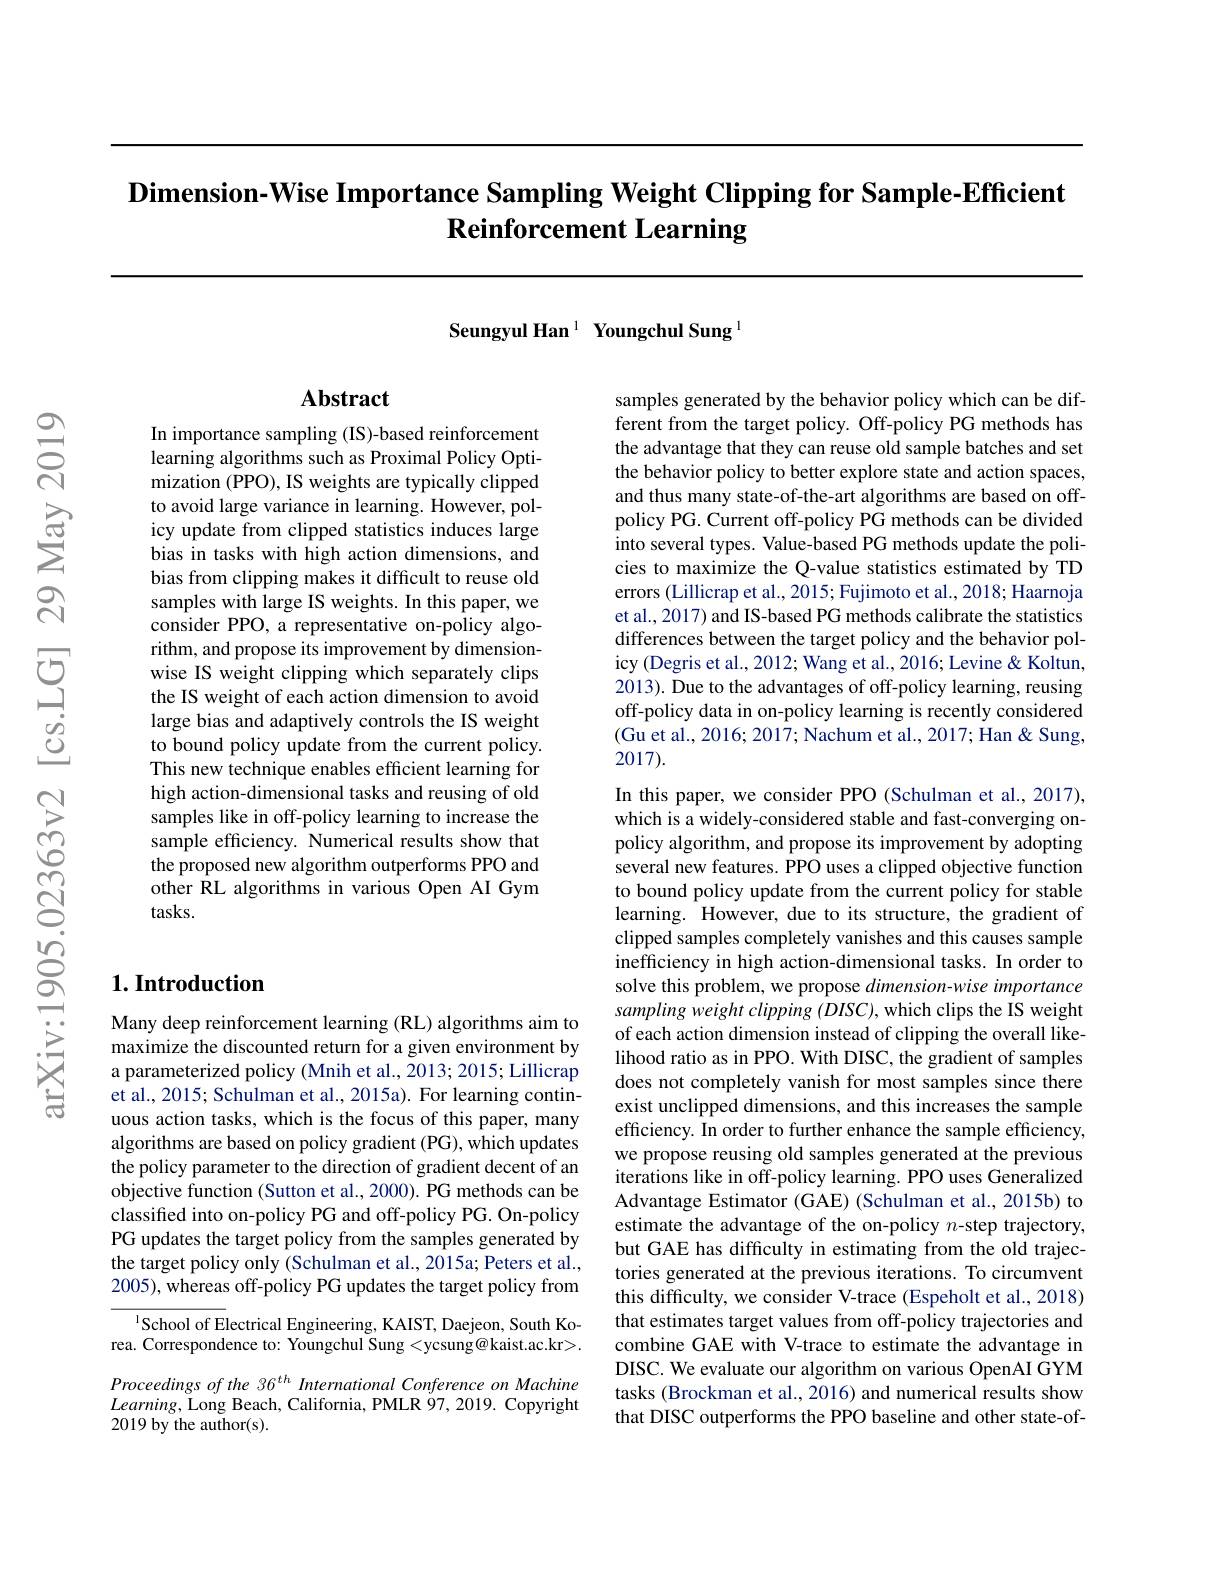
# $\textbf{Dimension- Wise Importance Sampling Weight Clipping for Sample- Efficient}$ Reinforcement Learning

Seungyul Han 1 Youngchul Sung l

## $\mathbf{Abstract}$

In importance sampling (IS)-based reinforcement learning algorithms such as Proximal Policy Optimization (PPO), IS weights are typically clipped to avoid large variance in learning. However, policy update from clipped statistics induces large bias in tasks with high action dimensions, and bias from clipping makes it difficult to reuse old samples with large IS weights. In this paper, we consider PPO, a representative on-policy algorithm, and propose its improvement by dimensionwise IS weight clipping which separately clips the IS weight of each action dimension to avoid large bias and adaptively controls the IS weight to bound policy update from the current policy. This new technique enables efficient learning for high action-dimensional tasks and reusing of old samples like in off-policy learning to increase the sample efficiency. Numerical results show that the proposed new algorithm outperforms PPO and other RL algorithms in various Open AI Gym tasks.

## $1. \textbf{Introduction}$

Many deep reinforcement learning (RL) algorithms aim to maximize the discounted return for a given environment by a parameterized policy (Mnih et al., 2013; 2015; Lillicrap et al., 2015; Schulman et al., 2015a). For learning continuous action tasks, which is the focus of this paper, many algorithms are based on policy gradient (PG), which updates the policy parameter to the direction of gradient decent of an objective function (Sutton et al., 2000). PG methods can be classified into on-policy PG and off-policy PG. On-policy PG updates the target policy from the samples generated by the target policy only (Schulman et al., 2015a; Peters et al., 2005), whereas off-policy PG updates the target policy from

$^{1}$School of Electrical Engineering, KAIST, Daejeon, South Korea. Correspondence to: Youngchul Sung <ycsung@kaist.ac.kr>.

Proceedings of the 36$^{th}$ International Conference on Machine $Learning$,Long Beach, California, PMLR $\dot{9}7,2019.$ Copyright 2019 by the author(s).

samples generated by the behavior policy which can be different from the target policy. Off-policy PG methods has the advantage that they can reuse old sample batches and set the behavior policy to better explore state and action spaces, and thus many state-of-the-art algorithms are based on offpolicy PG. Current off-policy PG methods can be divided into several types. Value-based PG methods update the policies to maximize the Q-value statistics estimated by TD errors (Lillicrap et al., 2015; Fujimoto et al., 2018; Haarnoja et al., 2017) and IS-based PG methods calibrate the statistics differences between the target policy and the behavior policy (Degris et al., 2012; Wang et al., 2016; Levine & Koltun, 2013). Due to the advantages of off-policy learning, reusing off-policy data in on-policy learning is recently considered $(\tilde{\text{Gu et al., 2016; 2017; Nachum et al., 2017; Han }}\&$ Sung, 2017).

In this paper, we consider PPO (Schulman et al., 2017), which is a widely-considered stable and fast-converging onpolicy algorithm, and propose its improvement by adopting several new features. PPO uses a clipped objective function to bound policy update from the current policy for stable learning. However, due to its structure, the gradient of clipped samples completely vanishes and this causes sample inefficiency in high action-dimensional tasks. In order to solve this problem, we propose dimension-wise importance sampling weight clipping (DISC), which clips the IS weight of each action dimension instead of clipping the overall likelihood ratio as in PPO. With DISC, the gradient of samples does not completely vanish for most samples since there exist unclipped dimensions, and this increases the sample efficiency. In order to further enhance the sample efficiency, we propose reusing old samples generated at the previous iterations like in off-policy learning. PPO uses Generalized Advantage Estimator (GAE) (Schulman et al., 2015b) to estimate the advantage of the on-policy $n$-step trajectory, but GAE has difficulty in estimating from the old trajectories generated at the previous iterations. To circumvent this difficulty, we consider V-trace (Espeholt et al., 2018) that estimates target values from off-policy trajectories and combine GAE with V-trace to estimate the advantage in DISC. We evaluate our algorithm on various OpenAI GYM tasks (Brockman et al., 2016) and numerical results show that DISC outperforms the PPO baseline and other state-of-